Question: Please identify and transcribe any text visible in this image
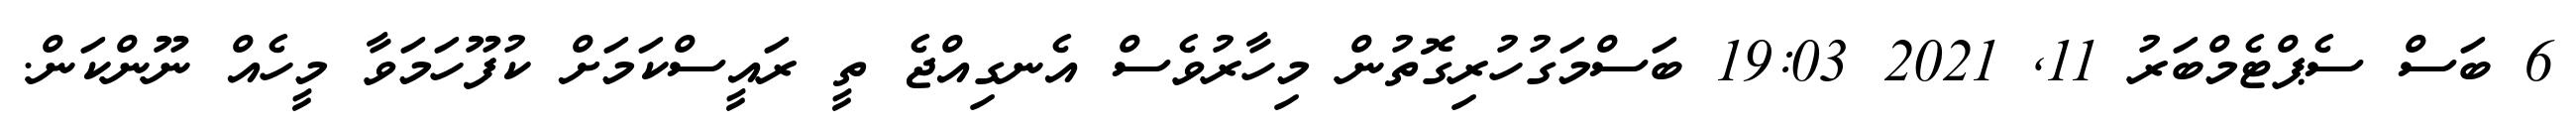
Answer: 6 ބަސް ސެޕްޓެމްބަރު 11, 2021 19:03 ބަސްމަގުހުރިގޮތުން މިހާރުވެސް އެނގިއްޖެ ތީ ރައީސްކަމަށް ކުފޫހަމަވާ މީހެއް ނޫންކަން.